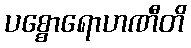
ပစ္စောရောဟဏီတိ